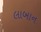
લાબાન